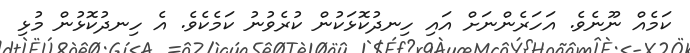
ކަމެއް ނޫނެވެ. އަހަރެންނަށް އައި ހިނދުކޮޅަކުން ކުރެވުނު ކަމެކެވެ. އެ ހިނދުކޮޅުން މުޅި